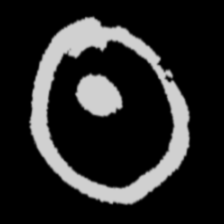
Pyu character \u2014 Myanmar letter: ထ (romanized: tha)